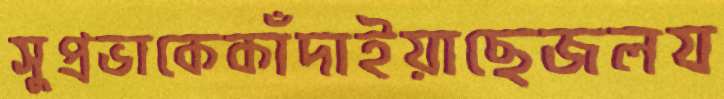
সুপ্রভাকেকাঁদাইয়াছেজলয